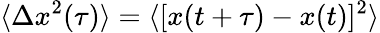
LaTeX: \langle\Delta x^{2}(\tau)\rangle=\langle[x(t+\tau)-x(t)]^{2}\rangle